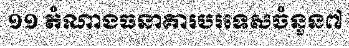
១១ តំណាងធនាគារបរទេសចំនួន៧